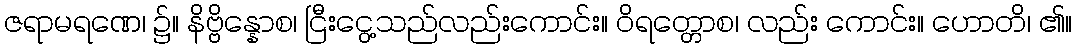
ဇရာမရဏေ၊ ၌။ နိဗ္ဗိန္နောစ၊ ငြီးငွေ့သည်လည်းကောင်း။ ဝိရတ္တောစ၊ လည်း ကောင်း။ ဟောတိ၊ ၏။